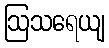
ဩသရေယျ